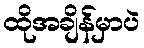
ထိုအချိန်မှာပဲ